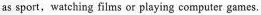
as sport, watching films or playing computer games.